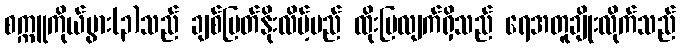
စက္ကူကိုယ်ပွား(၃)သည် ချစ်မြတ်နိုးလိမ့်မည် ထိုးပြလျက်ရှိသည် ရေအတူချိုးလိုက်သည်